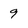
Character: 9